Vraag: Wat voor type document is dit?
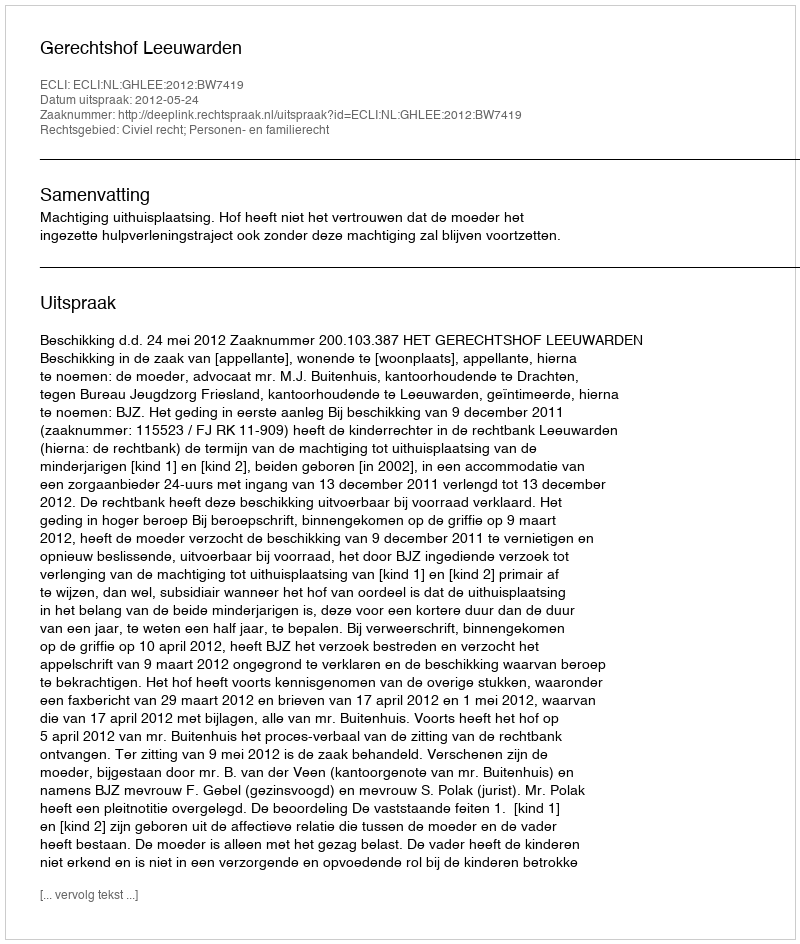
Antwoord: Uitspraak